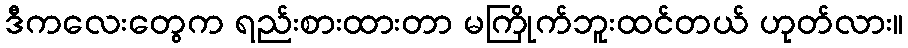
ဒီကလေးတွေက ရည်းစားထားတာ မကြိုက်ဘူးထင်တယ် ဟုတ်လား။